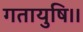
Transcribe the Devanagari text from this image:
गतायुषि।।